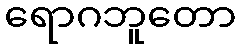
ရောဂဘူတော